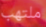
ملتهب